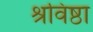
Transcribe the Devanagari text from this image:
श्रविष्ठा